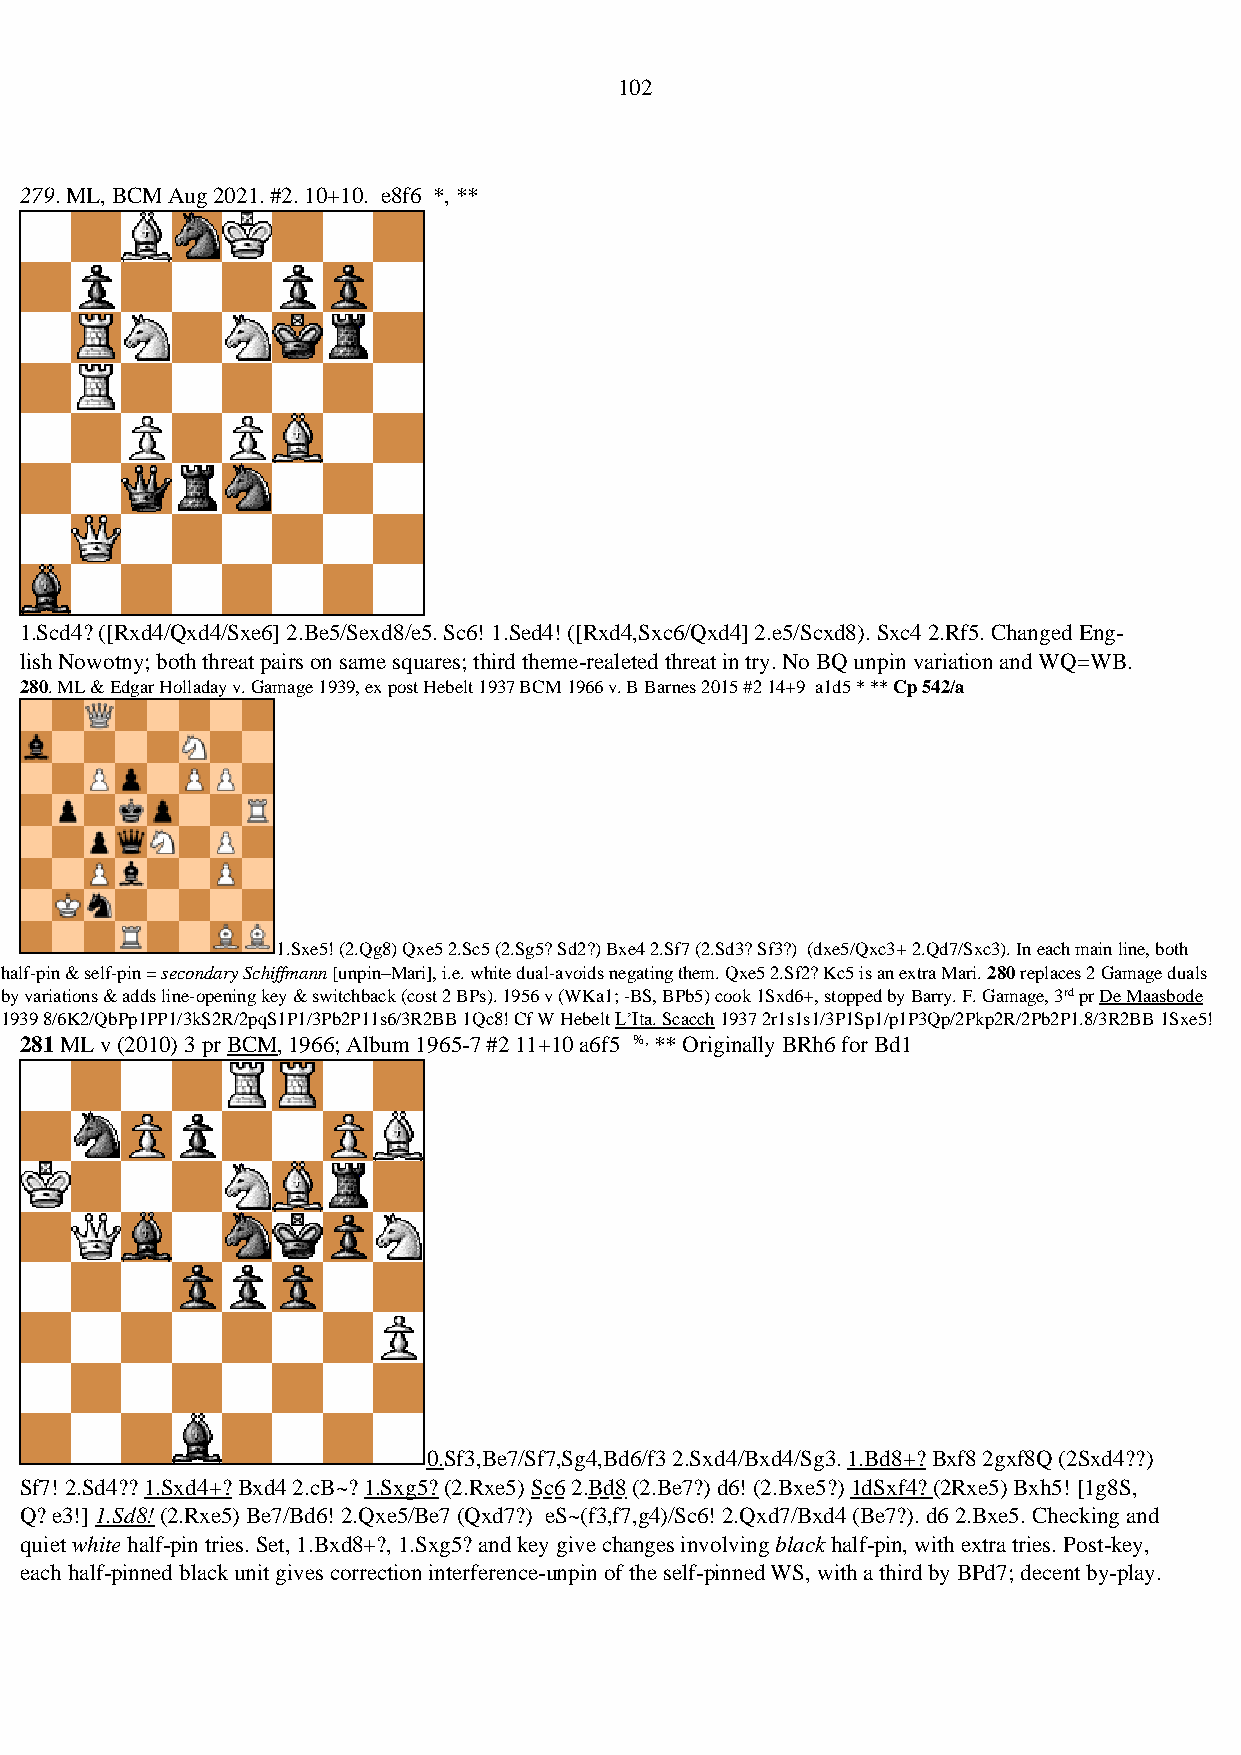
102
 279. ML, BCM Aug 2021. #2. 10+10. e8f6 *, **
 1.Scd4? ([Rxd4/Qxd4/Sxe6] 2.Be5/Sexd8/e5. Sc6! 1.Sed4! ([Rxd4,Sxc6/Qxd4] 2.e5/Scxd8). Sxc4 2.Rf5. Changed Eng-
 lish Nowotny; both threat pairs on same squares; third theme-realeted threat in try. No BQ unpin variation and WQ=WB.
 280. ML & Edgar Holladay v. Gamage 1939, ex post Hebelt 1937 BCM 1966 v. B Barnes 2015 #2 14+9 a1d5 * ** Cp 542/a
 1.Sxe5! (2.Qg8) Qxe5 2.Sc5 (2.Sg5? Sd2?) Bxe4 2.Sf7 (2.Sd3? Sf3?) (dxe5/Qxc3+ 2.Qd7/Sxc3). In each main line, both
 half-pin & self-pin = secondary Schiffmann [unpin–Mari], i.e. white dual-avoids negating them. Qxe5 2.Sf2? Kc5 is an extra Mari. 280 replaces 2 Gamage duals
 by variations & adds line-opening key & switchback (cost 2 BPs). 1956 v (WKa1; -BS, BPb5) cook 1Sxd6+, stopped by Barry. F. Gamage, 3rd pr De Maasbode
 1939 8/6K2/QbPp1PP1/3kS2R/2pqS1P1/3Pb2P11s6/3R2BB 1Qc8! Cf W Hebelt L’Ita. Scacch 1937 2r1s1s1/3P1Sp1/p1P3Qp/2Pkp2R/2Pb2P1.8/3R2BB 1Sxe5! 14+11.
 281 ML v (2010) 3 pr BCM, 1966; Album 1965-7 #2 11+10 a6f5 %, ** Originally BRh6 for Bd1
 0.Sf3,Be7/Sf7,Sg4,Bd6/f3 2.Sxd4/Bxd4/Sg3. 1.Bd8+? Bxf8 2gxf8Q (2Sxd4??)
 Sf7! 2.Sd4?? 1.Sxd4+? Bxd4 2.cB~? 1.Sxg5? (2.Rxe5) Sc6 2.Bd8 (2.Be7?) d6! (2.Bxe5?) 1dSxf4? (2Rxe5) Bxh5! [1g8S,
 Q? e3!] 1.Sd8! (2.Rxe5) Be7/Bd6! 2.Qxe5/Be7 (Qxd7?) eS~(f3,f7,g4)/Sc6! 2.Qxd7/Bxd4 (Be7?). d6 2.Bxe5. Checking and
 quiet white half-pin tries. Set, 1.Bxd8+?, 1.Sxg5? and key give changes involving black half-pin, with extra tries. Post-key,
 each half-pinned black unit gives correction interference-unpin of the self-pinned WS, with a third by BPd7; decent by-play.